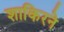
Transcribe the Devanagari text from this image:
शाकिरने